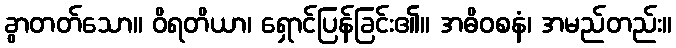
ခွာတတ်သော။ ဝိရတိယာ၊ ရှောင်ပြန်ခြင်း၏။ အဓိဝစနံ၊ အမည်တည်း။